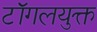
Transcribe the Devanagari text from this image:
टॉगलयुक्त